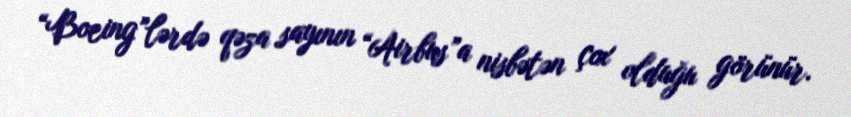
“Boeing”lərdə qəza sayının “Airbus”a nisbətən çox olduğu görünür.